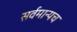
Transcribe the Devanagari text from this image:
सर्वमान्यच